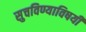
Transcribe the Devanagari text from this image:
सुचविण्याविषयी